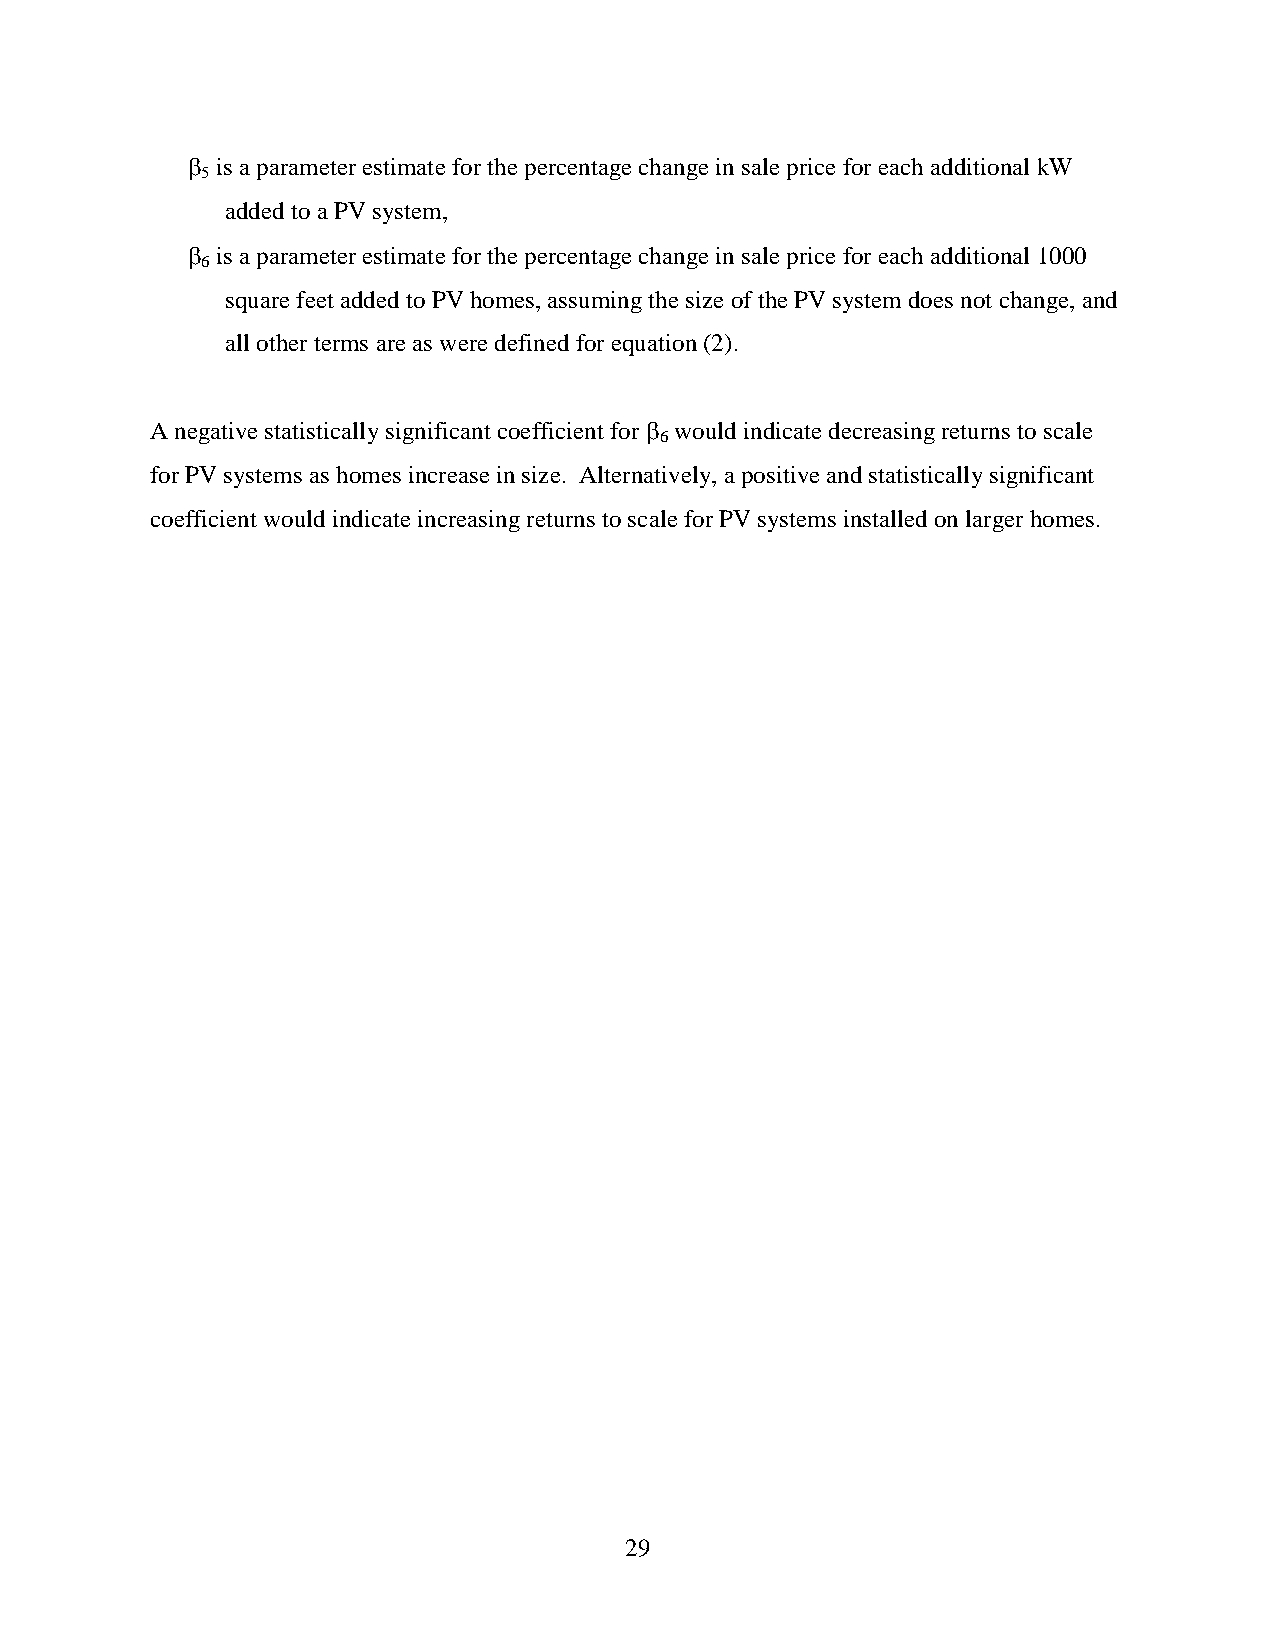
β is a parameter estimate for the percentage change in sale price for each additional kW
 5
 added to a PV system,
 β is a parameter estimate for the percentage change in sale price for each additional 1000
 6
 square feet added to PV homes, assuming the size of the PV system does not change, and
 all other terms are as were defined for equation (2).
 A negative statistically significant coefficient for β would indicate decreasing returns to scale
 6
 for PV systems as homes increase in size. Alternatively, a positive and statistically significant
 coefficient would indicate increasing returns to scale for PV systems installed on larger homes.
 29